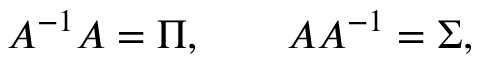
A ^ { - 1 } A = \Pi , \qquad A A ^ { - 1 } = \Sigma ,